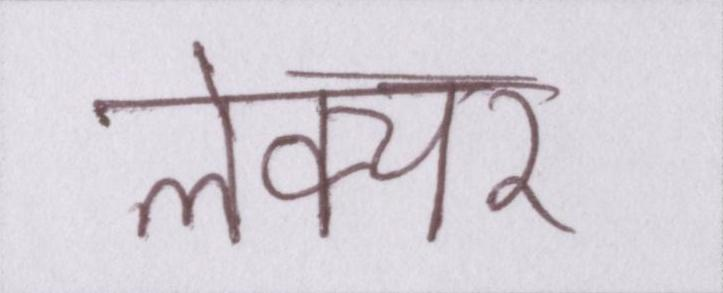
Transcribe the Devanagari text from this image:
लेक्चर